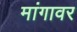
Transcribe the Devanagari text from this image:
मांगावर